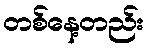
တစ်နေ့တည်း